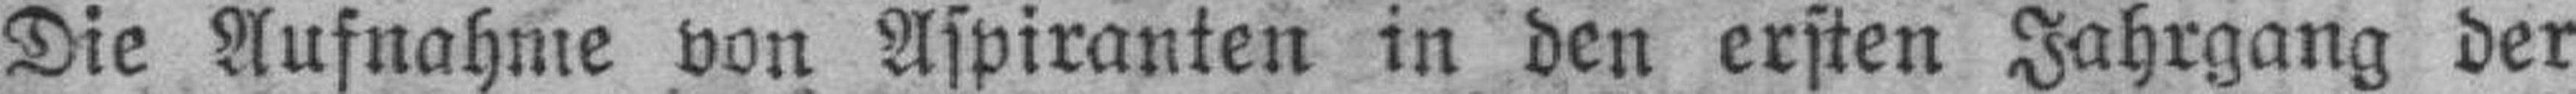
Die Aufnahme von Aspiranten in den ersten Jahrgang der